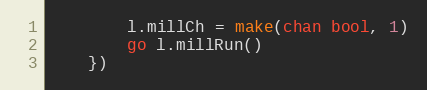
Language: Go
		l.millCh = make(chan bool, 1)
		go l.millRun()
	})